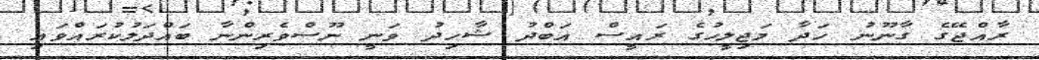
ރާއްޖޭގެ ގާނޫނު ހަދާ މަޖިލީހުގެ ރައީސް އަބްދު ޝާހިދު ވަނީ ނޫސްވެރިންނާ ބައްދަލުކުރައްވައި